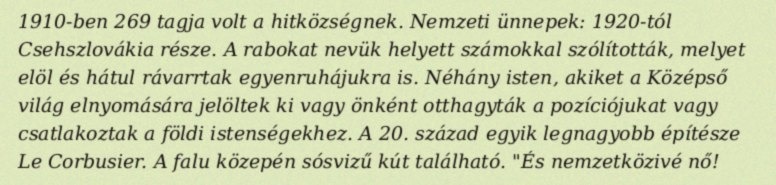
1910-ben 269 tagja volt a hitközségnek. Nemzeti ünnepek: 1920-tól Csehszlovákia része. A rabokat nevük helyett számokkal szólították, melyet elöl és hátul rávarrtak egyenruhájukra is. Néhány isten, akiket a Középső világ elnyomására jelöltek ki vagy önként otthagyták a pozíciójukat vagy csatlakoztak a földi istenségekhez. A 20. század egyik legnagyobb építésze Le Corbusier. A falu közepén sósvizű kút található. "És nemzetközivé nő!